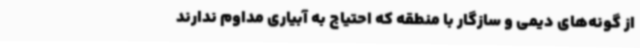
از گونه‌های دیمی و سازگار با منطقه که احتیاج به آبیاری مداوم ندارند